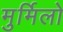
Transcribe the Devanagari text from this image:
मुर्मिलो